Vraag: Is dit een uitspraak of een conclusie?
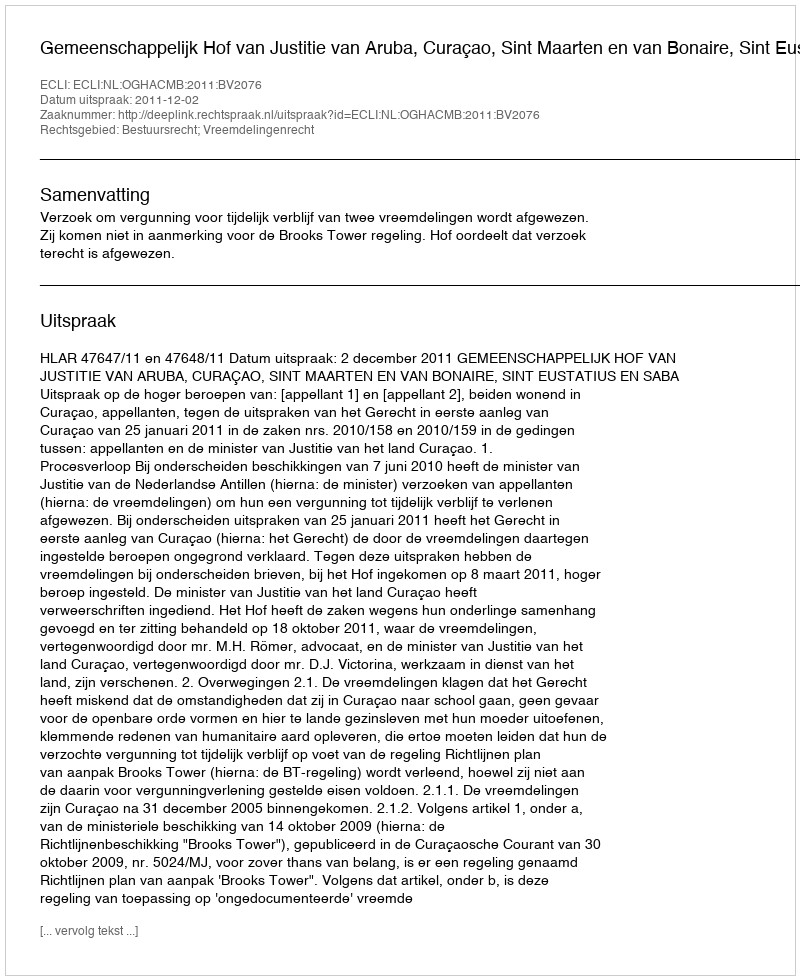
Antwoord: Uitspraak